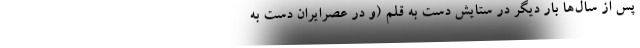
پس از سال‌ها بار دیگر در ستایش دست به قلم (و در عصر‌ایران دست به